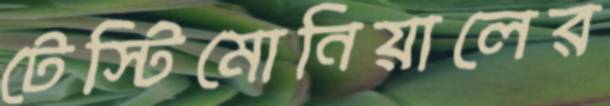
টেস্টিমোনিয়ালের